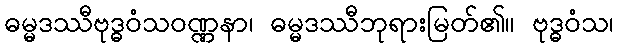
ဓမ္မဒဿီဗုဒ္ဓဝံသဝဏ္ဏနာ၊ ဓမ္မဒဿီဘုရားမြတ်၏။ ဗုဒ္ဓဝံသ၊